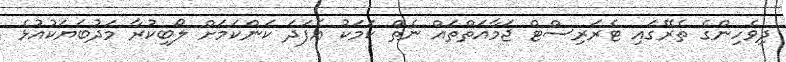
ދިވެހިންގެ ތެރޭގައި ޓެރަރިސްޓް ޖަމާއަތްތައް ނެތް ކަމަކު އެފަދަ ކަންކަމަށް ލޯބިކުރާ މަދުބަޔަކުއުޅެ